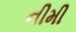
નીમી